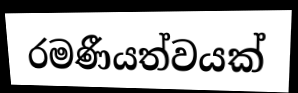
රමණීයත්වයක්